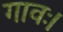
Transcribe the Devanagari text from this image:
गावः।